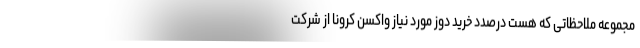
مجموعه ملاحظاتی که هست درصدد خرید دوز مورد نیاز واکسن کرونا از شرکت